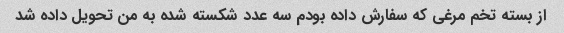
از بسته تخم مرغی که سفارش داده بودم سه عدد شکسته شده به من تحویل داده شد